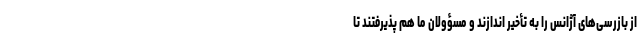
از بازرسی‌های آژانس را به تأخیر اندازند و مسؤولان ما هم پذیرفتند تا